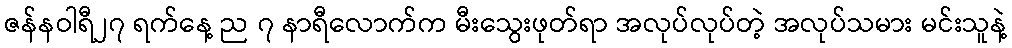
ဇန်နဝါရီ၂၇ ရက်နေ့ ည ၇ နာရီလောက်က မီးသွေးဖုတ်ရာ အလုပ်လုပ်တဲ့ အလုပ်သမား မင်းသူနဲ့